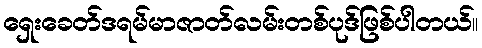
ရှေးခေတ်ဒရမ်မာဇာတ်လမ်းတစ်ပုဒ်ဖြစ်ပါတယ်။